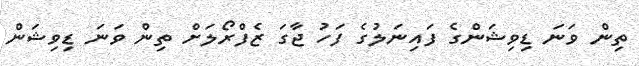
ތިން ވަނަ ޑިވިޝަންގެ ފައިނަލުގެ ފަހު ޖާގަ ޒެފްރޯލަށް ތިން ވަނަ ޑިވިޝަން